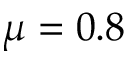
\mu = 0 . 8